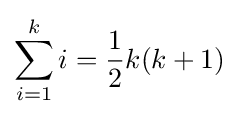
\sum _{i=1}^{k}i={\dfrac {1}{2}}k(k+1)